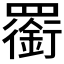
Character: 𦌫